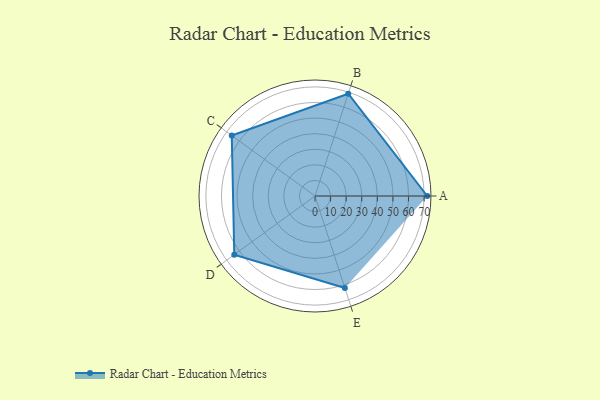
{"axis": {"x": "Skill", "y": "Score"}, "legend": ["Profile"], "data": [{"x": "A", "y": 72.0, "type": "Profile"}, {"x": "B", "y": 69.0, "type": "Profile"}, {"x": "C", "y": 66.0, "type": "Profile"}, {"x": "D", "y": 64.0, "type": "Profile"}, {"x": "E", "y": 62.0, "type": "Profile"}]}